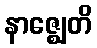
နာဇ္ဈေတိ